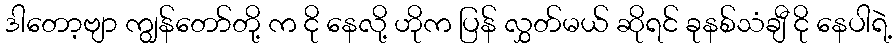
ဒါတော့ဗျာ ကျွန်တော်တို့ က ငို နေလို့ ဟိုက ပြန် လွှတ်မယ် ဆိုရင် ခုနစ်သံချီ ငို နေပါရဲ့